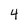
Character: 4